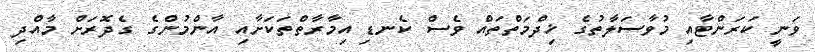
ވަނީ ކަރަންޓާއި މުވާސަލާތުގެ ޚިދްމަތްތައް ވެސް ކެނޑި އިމާރާތްތަކަށާއި އާންމުންގެ ގެދޮރަށް މާއްދި